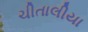
ચીતાલીયા